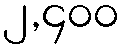
၂,၄၀၀